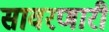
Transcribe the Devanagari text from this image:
सावरणारी